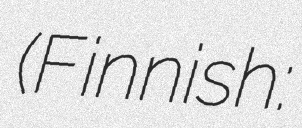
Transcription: (Finnish: